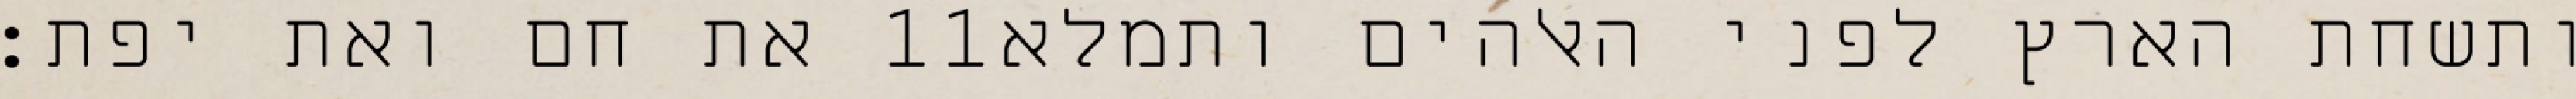
את חם ואת יפת׃ ‎11‏ ותשחת הארץ לפני האלהים ותמלא